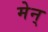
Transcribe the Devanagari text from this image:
मेन्